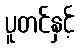
ပူတင်နှင့်